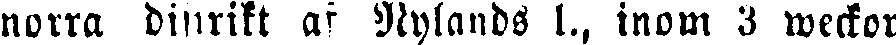
norra distrikt af Nylands l., inom 3 weckor